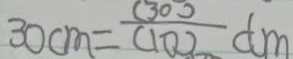
3 0 c m = \frac { ( 3 0 ) } { ( 1 0 ) } d m